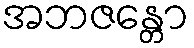
အဘဇန္တော